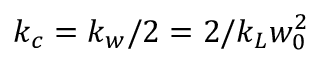
k _ { c } = k _ { w } / 2 = 2 / k _ { L } w _ { 0 } ^ { 2 }